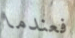
فعندما